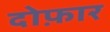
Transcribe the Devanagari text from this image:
दोफ़ार